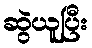
ဆွဲယူပြီး